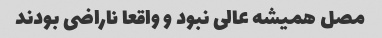
مصل همیشه عالی نبود و واقعا ناراضی بودند